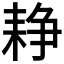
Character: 𦓺